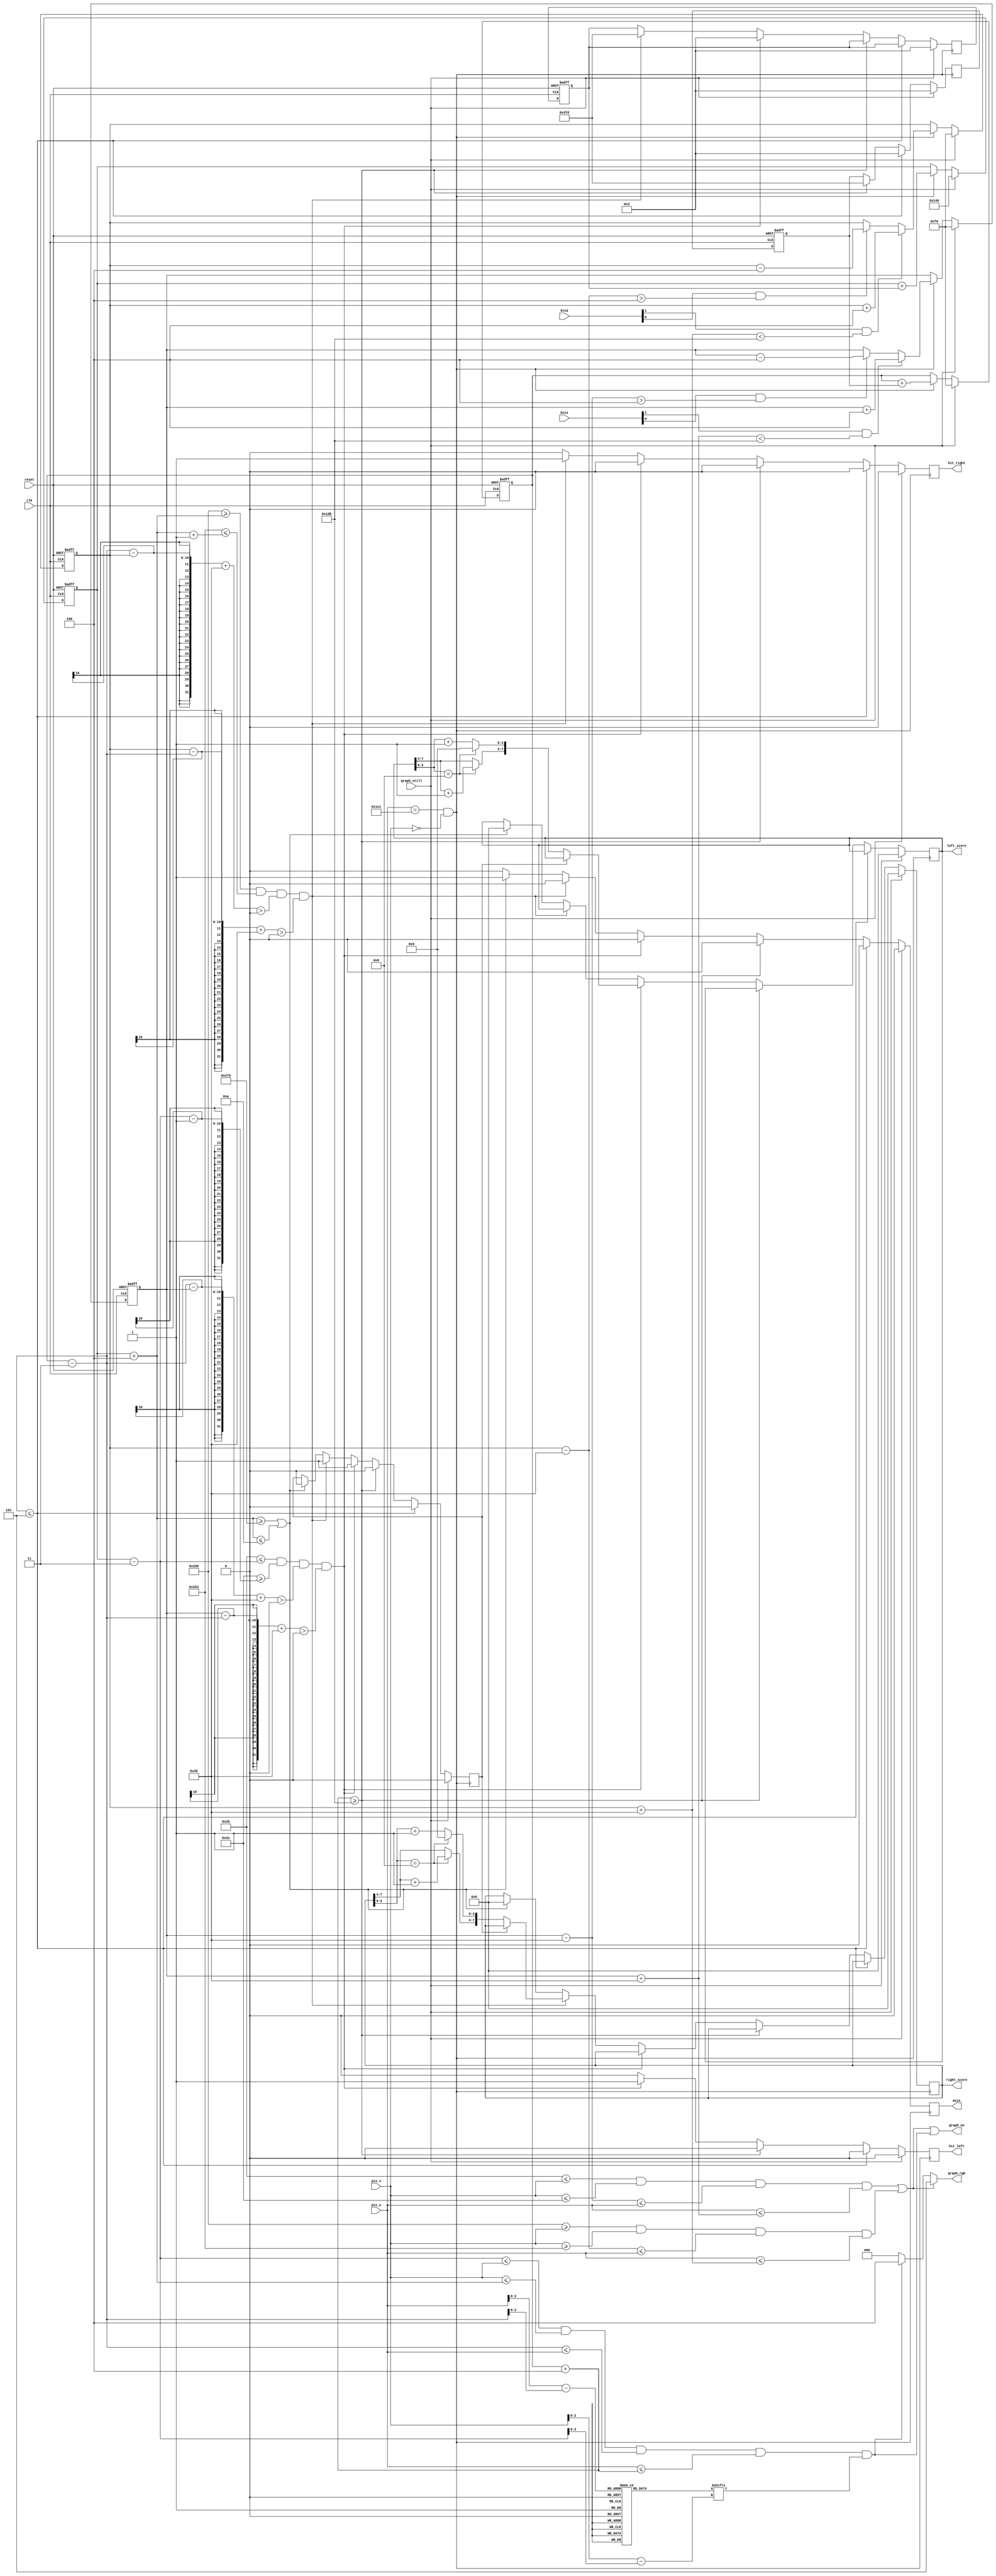
`timescale 1ns / 1ps
module pong_graph(
		input wire clk, reset,
		input wire [1:0] btn1,
		input wire [1:0] btn2,
		input wire [9:0] pix_x, pix_y,
		input wire graph_still,
		output reg miss, hit_left, hit_right,
		output wire graph_on,
		output reg [2:0] graph_rgb,
		output reg [7:0] left_score, right_score
	);

	// define constant value here
	localparam MAX_X = 640;
	localparam MAX_Y = 480;
	localparam BALL_SIZE = 8;
	localparam BAR_SIZE = 108;
	localparam BAR_V = 4;
	localparam BAR_LEFT_X = 40;
	localparam BAR_RIGHT_X = 600;
	localparam BAR_WIDTH = 6;
	localparam V_X = 3;
	localparam V_X_N = -3;
	localparam V_Y = 3;
	localparam V_Y_N = -3;

	// all about ball
	reg [9:0] ball_x, ball_y;
	wire [9:0] ball_x_next, ball_y_next;
	wire [9:0] ball_right, ball_left, ball_top, ball_bottom;
	reg [9:0] x_delta, x_delta_next;
	reg [9:0] y_delta, y_delta_next;
	
	wire [2:0] ball_row, ball_col;
	reg [7:0] ball_data;
	
	// all about the output rgb
	wire bar_on, ball_on;
	wire [2:0] bar_rgb, ball_rgb;
	
	// colors
	assign bar_rgb = 3'b101;	// purple
	assign ball_rgb = 3'b100;	// red
	
	// bar right & left
	reg [9:0] bar_right, bar_right_next;
	reg [9:0] bar_left, bar_left_next;
	wire [9:0] bar_right_top, bar_right_bottom;
	wire [9:0] bar_left_top, bar_left_bottom;
	
	// to judge wether added
	reg added;

	// refr_tick: 1-clock tick asserted at start of v-sync
	//	   i.e., when the screen is refreshed (60 Hz)
	assign refr_tick = (pix_y == 481) && (pix_x == 0);
	
	// keep refreshing all the assistant values
	assign ball_right = ball_x + 4;
	assign ball_left = ball_x - 3;
	assign ball_top = ball_y - 3;
	assign ball_bottom = ball_y + 4;
	assign ball_x_next = (graph_still) ? MAX_X / 2 :
						 (refr_tick) ? ball_x + x_delta : ball_x;
	assign ball_y_next = (graph_still) ? MAX_Y / 2 :
						 (refr_tick) ? ball_y + y_delta : ball_y;

	assign ball_row = pix_y[2:0] - ball_top[2:0];
	assign ball_col = pix_x[2:0] - ball_left[2:0];
	assign ball_bit = ball_data[ball_col];

	assign ball_on = (ball_left <= pix_x) && (pix_x <= ball_right)
					 && (ball_top <= pix_y) && (pix_y <= ball_bottom)
					 && ball_bit;

	assign bar_right_top = bar_right - BAR_SIZE / 2;
	assign bar_right_bottom = bar_right + BAR_SIZE / 2;
	assign bar_left_top = bar_left - BAR_SIZE / 2;
	assign bar_left_bottom = bar_left + BAR_SIZE / 2;
	
	assign bar_on = ((BAR_LEFT_X <= pix_x) && (pix_x <= BAR_LEFT_X + BAR_WIDTH)
					 && (bar_right_top <= pix_y) && (pix_y <= bar_right_bottom))
					 || ((BAR_RIGHT_X >= pix_x) && (pix_x >= BAR_RIGHT_X - BAR_WIDTH)
					 && (bar_left_top <= pix_y) && (pix_y <= bar_left_bottom));

	// provide the ball's data
	always @*
		case (ball_row)
			3'h0: ball_data = 8'b00111100;	 //   ****
			3'h1: ball_data = 8'b01111110;	 //  ******
			3'h2: ball_data = 8'b11111111;	 // ********
			3'h3: ball_data = 8'b11111111;	 // ********
			3'h4: ball_data = 8'b11111111;	 // ********
			3'h5: ball_data = 8'b11111111;	 // ********
			3'h6: ball_data = 8'b01111110;	 //  ******
			3'h7: ball_data = 8'b00111100;	 //   ****
		endcase
	
	// move ball and deal reset
	always @(posedge clk, posedge reset)
	begin
		if (reset)
			begin
				bar_right <= 0;
				bar_left <= 0;
				ball_x <= 0;
				ball_y <= 0;
				x_delta <= V_X;
				y_delta <= V_Y;
			end
		else
			begin
				bar_right <= bar_right_next;
				bar_left <= bar_left_next;
				ball_x <= ball_x_next;
				ball_y <= ball_y_next;
				x_delta <= x_delta_next;
				y_delta <= y_delta_next;
			end
	end

	// calc the position of bar
	always @*
	begin
		bar_right_next = bar_right;
		if (graph_still)
			bar_right_next = MAX_Y / 2;
		else if (refr_tick)
			if (btn1[1] & (bar_right_bottom < (MAX_Y - 1 - BAR_V)))
				bar_right_next = bar_right + BAR_V;
			else if (btn1[0] & (bar_right_top > BAR_V)) 
				bar_right_next = bar_right - BAR_V;

		bar_left_next = bar_left;
		if (graph_still)
			bar_left_next = MAX_Y / 2;
		else if (refr_tick)
			if (btn2[1] & (bar_left_bottom < (MAX_Y - 1 - BAR_V)))
				bar_left_next = bar_left + BAR_V;
			else if (btn2[0] & (bar_left_top > BAR_V)) 
				bar_left_next = bar_left - BAR_V;
	end

	// deal with the ball's movement
	always @(posedge refr_tick)
	begin
		hit_left = 1'b0;
		hit_right = 1'b0;
		miss = 1'b0;
		x_delta_next = x_delta;
		y_delta_next = y_delta;
		if (graph_still)
			begin
				x_delta_next = V_X;
				y_delta_next = V_Y;
				hit_right = 1'b0;
				hit_left = 1'b0;
				miss = 1'b0;
				right_score = 8'b0;
				left_score = 8'b0;
				added = 0;
			end
		else if (ball_top <= 5)
			begin
				y_delta_next = V_Y;
				hit_right = 1'b0;
				hit_left = 1'b0;
				added = 0;
			end
		else if (ball_bottom >= MAX_Y - 5)
			begin
				y_delta_next = V_Y_N;
				hit_right = 1'b0;
				hit_left = 1'b0;
				added = 0;
			end
		else if (BAR_LEFT_X <= ball_left && BAR_LEFT_X + BAR_WIDTH >= ball_left - 1
				&& ball_top - bar_right + BAR_SIZE / 2 > 0 && bar_right - ball_top + BAR_SIZE / 2 > 0)
			begin
				hit_left = 1'b1;
				hit_right = 1'b0;
				x_delta_next = V_X;
				if(added == 0)
				begin
					if(left_score[3:0] == 4'b1001)
					begin
						left_score[3:0] = 4'b0000;
						left_score[7:4] = left_score[7:4] + 1;
					end
					else
						left_score[3:0] = left_score[3:0] + 1;
				end
				added = 1;
			end
		else if (BAR_RIGHT_X >= ball_right && BAR_RIGHT_X - BAR_WIDTH <= ball_right + 1
				&& ball_top - bar_left + BAR_SIZE / 2 > 0 && bar_left - ball_top + BAR_SIZE / 2 > 0)
			begin
				hit_right = 1'b1;
				hit_left = 1'b0;
				x_delta_next = V_X_N;
				if(added == 0)
				begin
					if(right_score[3:0] == 4'h9)
					begin
						right_score[3:0] = 4'h0;
						right_score[7:4] = right_score[7:4] + 1;
					end
					else
						right_score[3:0] = right_score[3:0] + 1;
				end
				added = 1;
			end
		else if (ball_right >= MAX_X - 10 || ball_right <= 10)
			begin
				added = 0;
				miss = 1'b1;
				hit_right = 1'b0;
				hit_left = 1'b0;
				right_score = 8'b0;
				left_score = 8'b0;
			end
	end

	// assign rgb to the correct color
	always @* 
	begin
		if (bar_on)
			graph_rgb = bar_rgb;
		else if (ball_on)
			graph_rgb = ball_rgb;
		else
			graph_rgb = 3'b000;
	end

	// decide wether need to display
	assign graph_on =  bar_on | ball_on;

endmodule